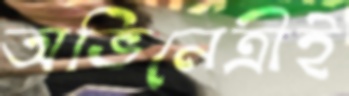
অভিনেত্রীই